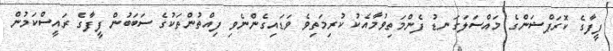
ފީފާގެ ކޮރަޕްޝަންގެ މައްސަލަގަނޑު ފެންމަތިވުމާއެކު ކުރިމަތިވެ ވަޑައިގެންނެވި ފިއްތުންތަކުގެ ސަބަބުން ފީފާގެ ރައީސްކަމުން